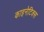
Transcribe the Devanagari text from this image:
काइनेटिक्स